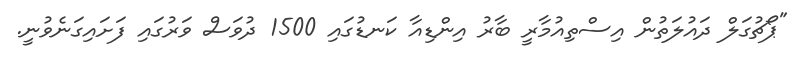
"ޕޯޗުގަލް ދައުލަތުން އިސްތިއުމާރީ ބާރު އިންޑިއާ ކަނޑުގައި 1500 ދުވަސް ވަރުގައި ފަށައިގަނެވުނީ.